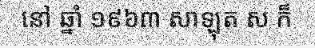
នៅ ឆ្នាំ ១៩៦៣ សាឡុត ស ក៏